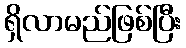
ရှိလာမည်ဖြစ်ပြီး